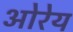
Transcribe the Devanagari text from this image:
ओरेय